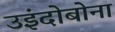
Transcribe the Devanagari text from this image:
उइंदोबोना